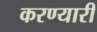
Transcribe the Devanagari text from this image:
करण्यारी